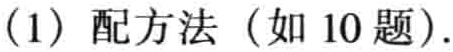
(1) 配方法（如 10 题）.